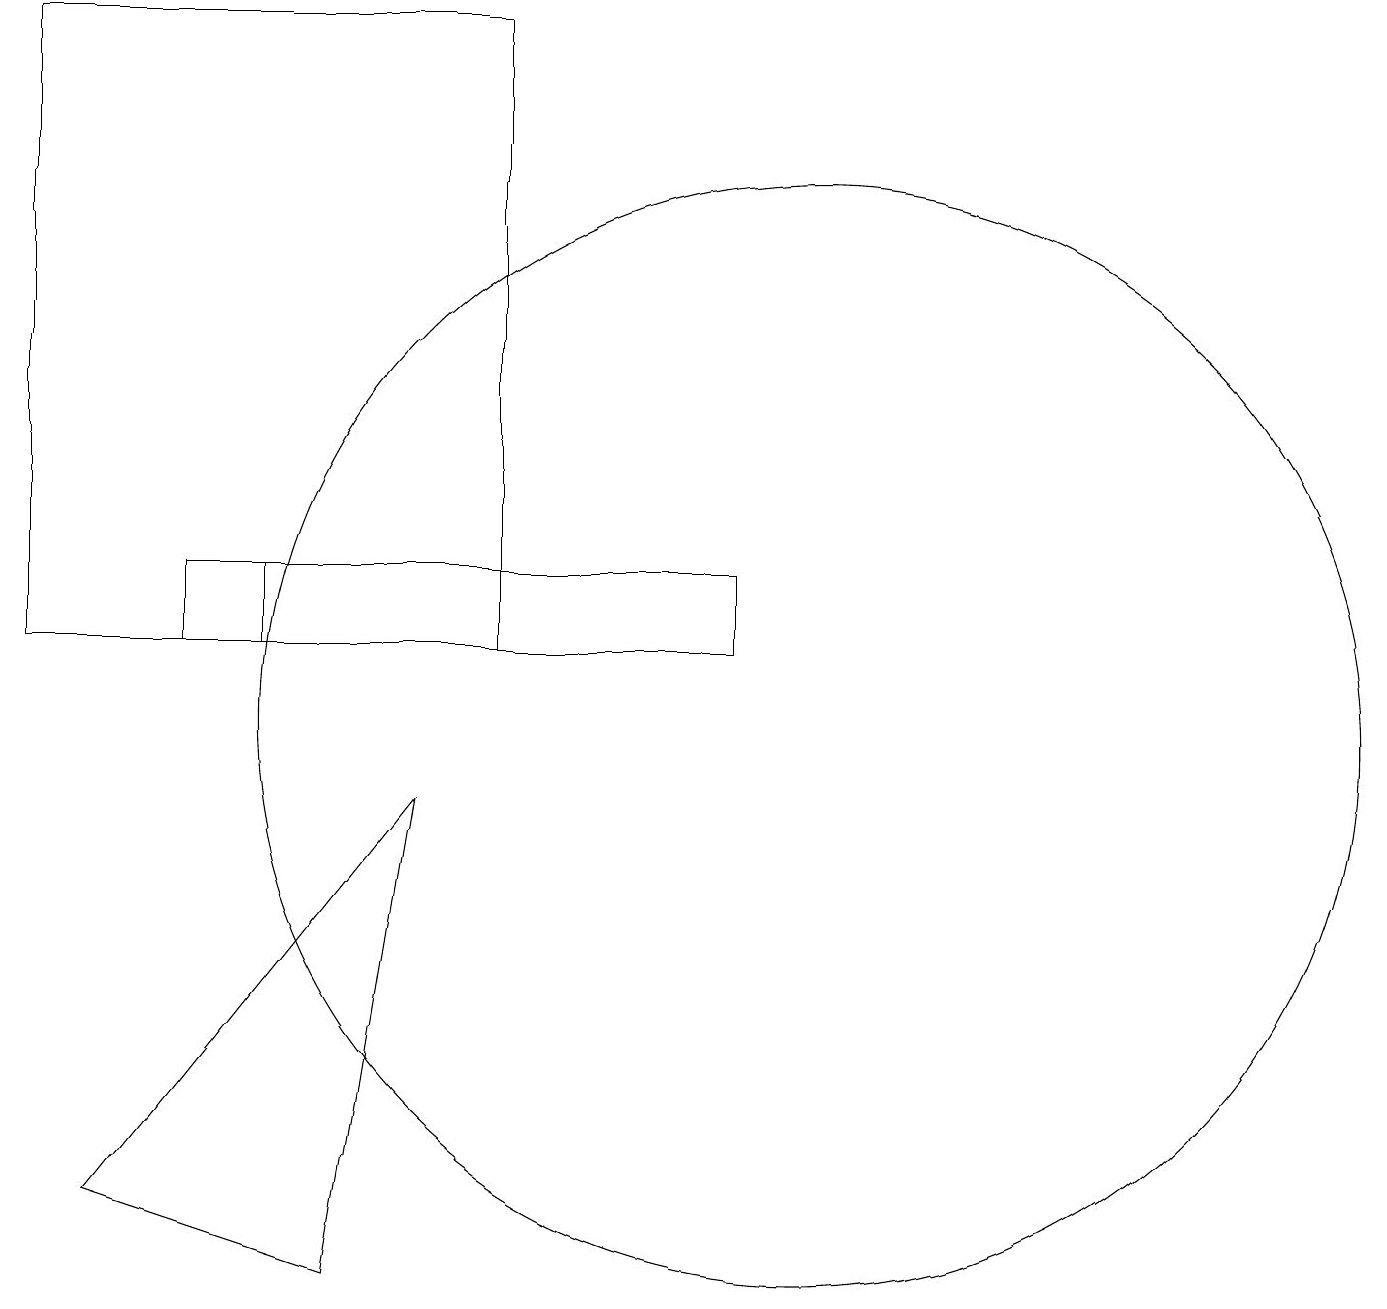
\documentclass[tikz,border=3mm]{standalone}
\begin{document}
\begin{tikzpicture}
\draw (3,12) rectangle (6,11);
\draw (0,19) rectangle (6,11);
\draw (2,12) rectangle (9,11);
\draw (1,4) -- (5,9) -- (4,3) -- cycle;
\draw (10,10) circle (7);
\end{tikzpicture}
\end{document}